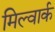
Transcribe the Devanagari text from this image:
मिल्वार्क